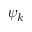
\psi _ { k }